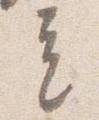
立